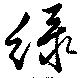
緑